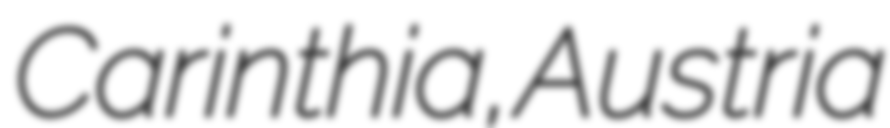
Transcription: Carinthia, Austria